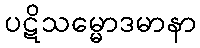
ပဋိသမ္မောဒမာနာ